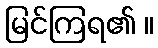
မြင်ကြရ၏ ။